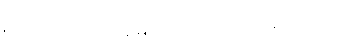
(ပေ-၃၁၀) ဝါ၊ ဤမြေအပြင်၌။ ခိဏယမေတိ၊ သို့ဖြင့်။